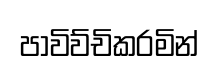
පාවිව්චිකරමින්